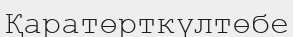
Қаратөрткүлтөбе